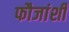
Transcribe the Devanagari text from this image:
फौजांशी